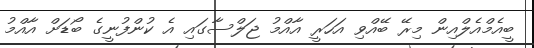
ބީއެމްއެލްއިން މިރޭ ބޭއްވި އަހަރީ އާއްމު ޖަލްސާގައި އެ ކުންފުނީގެ ބޯޑަށް އާއްމު